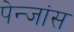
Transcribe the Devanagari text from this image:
पेन्जांस